画像に写った文字を読んでください
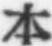
「本」と書いてあります